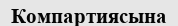
Компартиясына